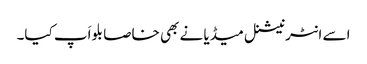
اسے انٹرنیشنل میڈیا نے بھی خاصا بلواَپ کیا۔